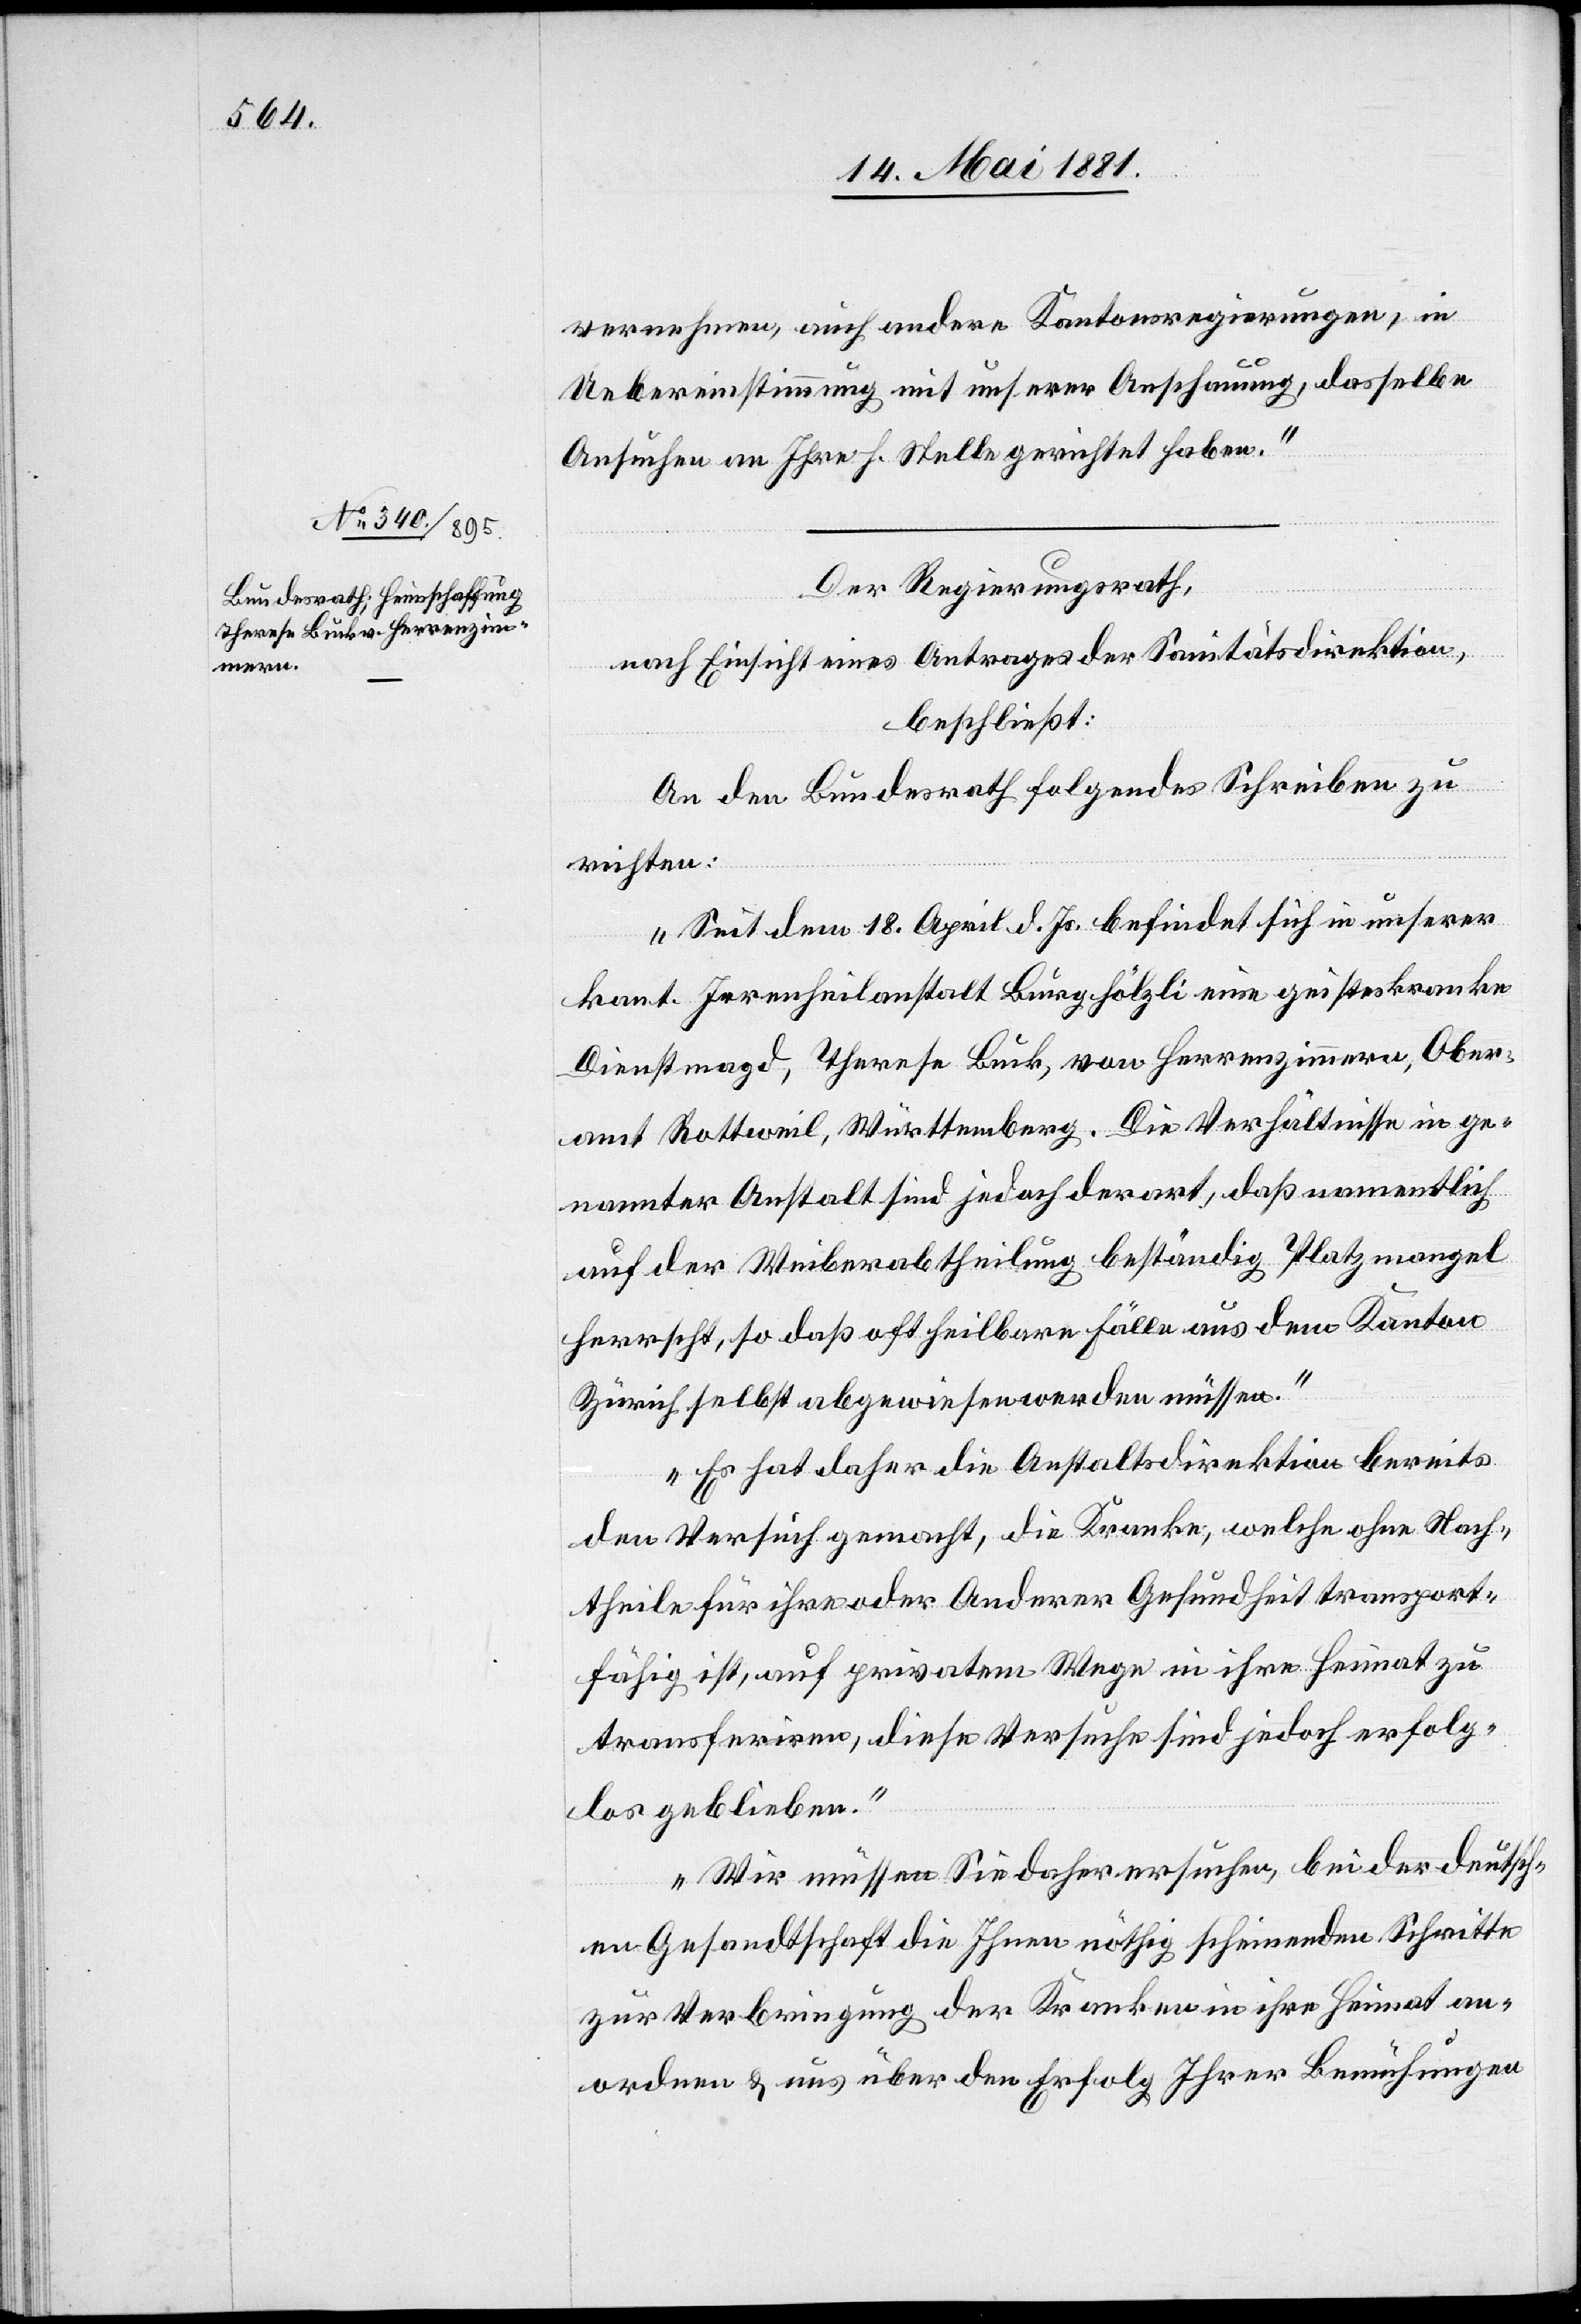
17. Mai 1881]
vernehmen, auch andere Kantonsregierungen, in
Uebereinstimmung mit unserer Anschauung, dasselbe
Ansuchen an Ihre h. Stelle gerichtet haben.“
Der Regierungsrath,
nach Einsicht eines Antrages der Sanitätsdirektion,
beschließt:
An den Bundesrath folgendes Schreiben zu
richten:
„Seit dem 18. April d. Js. befindet sich in unserer
kant. Irrenheilsanstalt Burghölzli eine geisteskranke
Dienstmagd, Therese Buck, von Herrenzimmern, Ober¬
amt Rottweil, Württemberg. Die Verhältnisse in ge¬
nannter Anstalt sind jedoch derart, daß namentlich
auf der Weiberabtheilung beständig Platzmangel
herrscht, so daß oft heilbare Fälle aus dem Kanton
Zürich selbst abgewisen werden müssen.
Es hat daher die Anstaltsdirektion bereits
den Versuch gemacht, die Kranke, welche ohne Nach¬
theile für ihre oder Anderer Gesundheit transport¬
fähig ist, auf privatem Wege in ihre Heimat zu
transferiren, diese Versuche sind jedoch erfolg¬
los geblieben.
Wir müssen Sie daher ersuchen, bei der deutsch¬
en Gesandtschaft die Ihnen nöthig scheinenden Schritte
zur Verbringung der Kranken in ihre Heimat an¬
ordnen & uns über den Erfolg Ihrer Bemühungen